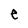
Character: e